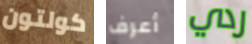
كولتون أعرف ردي